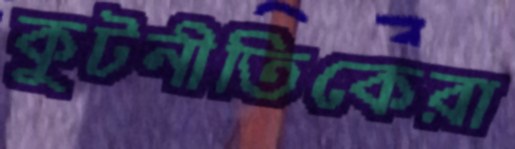
কুটনীতিকেরা